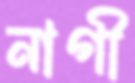
নাগী